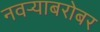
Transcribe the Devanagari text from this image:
नवऱ्याबरोबर